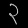
Digit: ၃